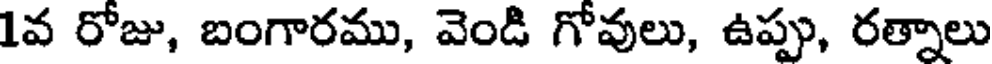
1వ రోజు, బంగారము, వెండి గోవులు, ఉప్పు, రత్నాలు